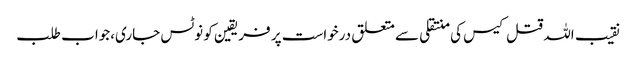
نقیب اللہ قتل کیس کی منتقلی سے متعلق درخواست پر فریقین کو نوٹس جاری،جواب طلب